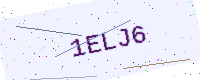
Text: 1ELJ6